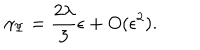
\gamma _ { \Psi } = \frac { 2 \lambda } { 3 } \epsilon + O ( \epsilon ^ { 2 } ) .